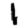
Digit: 1